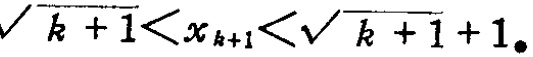
\(\sqrt{k + 1}<x_{k + 1}<\sqrt{k + 1}+1。\)